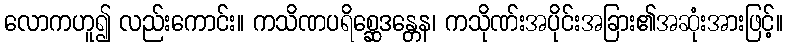
လောကဟူ၍ လည်းကောင်း။ ကသိဏပရိစ္ဆေဒန္တေန၊ ကသိုဏ်းအပိုင်းအခြား၏အဆုံးအားဖြင့်။